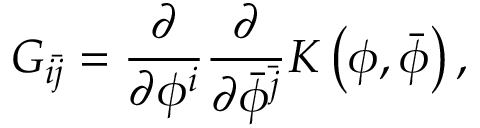
G _ { i \bar { j } } = \frac { \partial } { \partial \phi ^ { i } } \frac { \partial } { \partial \bar { \phi } ^ { \bar { j } } } K \left( \phi , \bar { \phi } \right) ,